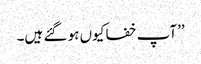
’’آپ خفا کیوں ہو گئے ہیں۔